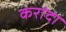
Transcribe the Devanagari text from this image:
करांदा